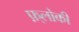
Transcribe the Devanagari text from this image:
फ़्लोकी